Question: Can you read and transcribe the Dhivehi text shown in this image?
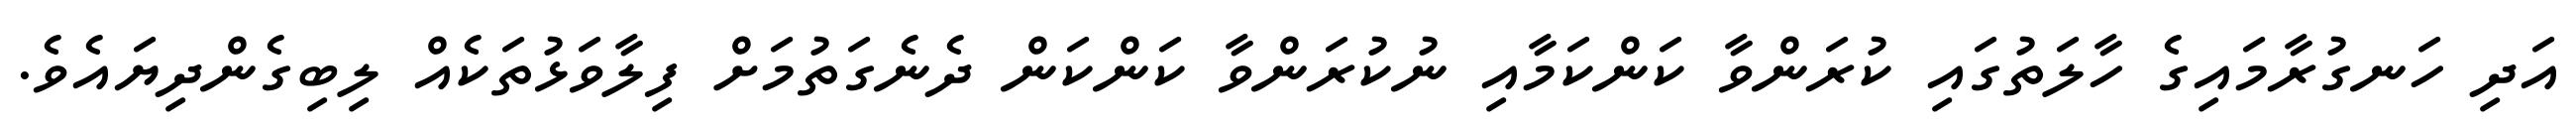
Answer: އަދި ހަނގުރާމައިގެ ހާލަތުގައި ކުރަންވާ ކަންކަމާއި ނުކުރަންވާ ކަންކަން ދެނެގަތުމަށް ފިލާވަޅުތަކެއް ލިބިގެންދިޔައެވެ.